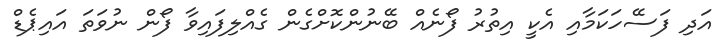
އަދި ފަސޭހަކަމާއި އެކީ އިތުރު ފޯނެއް ބޭނުންކޮށްގެން ގެއްލިފައިވާ ފޯން ނުވަތަ އައިޕެޑް